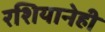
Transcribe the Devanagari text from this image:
रशियानेही